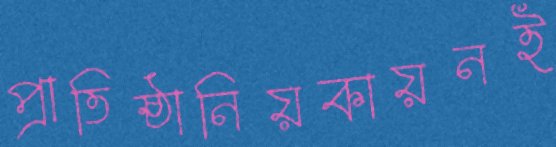
প্রাতিষ্ঠানিয়কায়নই